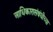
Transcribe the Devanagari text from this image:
आधिकारासंबंधीच्या